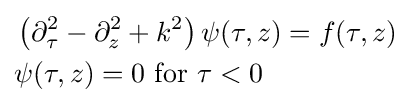
{\begin{aligned}&\left(\partial _{\tau }^{2}-\partial _{z}^{2}+k^{2}\right)\psi (\tau ,z)=f(\tau ,z)\\&\psi (\tau ,z)=0{\text{ for }}\tau <0\end{aligned}}